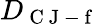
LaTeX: D_{\mathrm{~C~J~-~f~}}